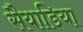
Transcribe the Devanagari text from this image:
सैयाडिया